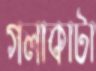
গলাকাটা